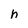
Character: h